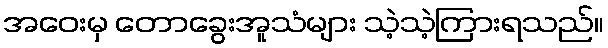
အဝေးမှ တောခွေးအူသံများ သဲ့သဲ့ကြားရသည်။